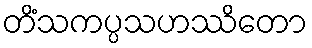
တိံသကပ္ပသဟဿိတော